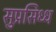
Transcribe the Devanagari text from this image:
सुप्रसिध्‍ध